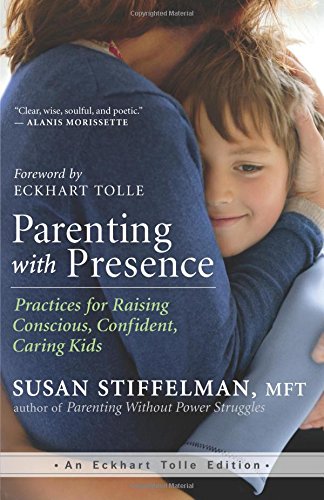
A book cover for Parenting with Presence: Practices for Raising Conscious, Confident, Caring Kids (An Eckhart Tolle Edition); Susan Stiffelman; Self-Help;